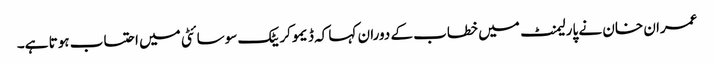
عمران خان نے پارلیمنٹ میں خطاب کے دوران کہا کہ ڈیموکریٹک سوسائٹی میں احتساب ہوتا ہے۔